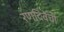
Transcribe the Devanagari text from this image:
रणदिवेंची